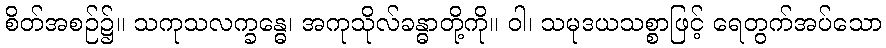
စိတ်အစဉ်၌။ သကုသလက္ခန္ဓေ၊ အကုသိုလ်ခန္ဓာတို့ကို။ ဝါ၊ သမုဒယသစ္စာဖြင့် ရေတွက်အပ်သော